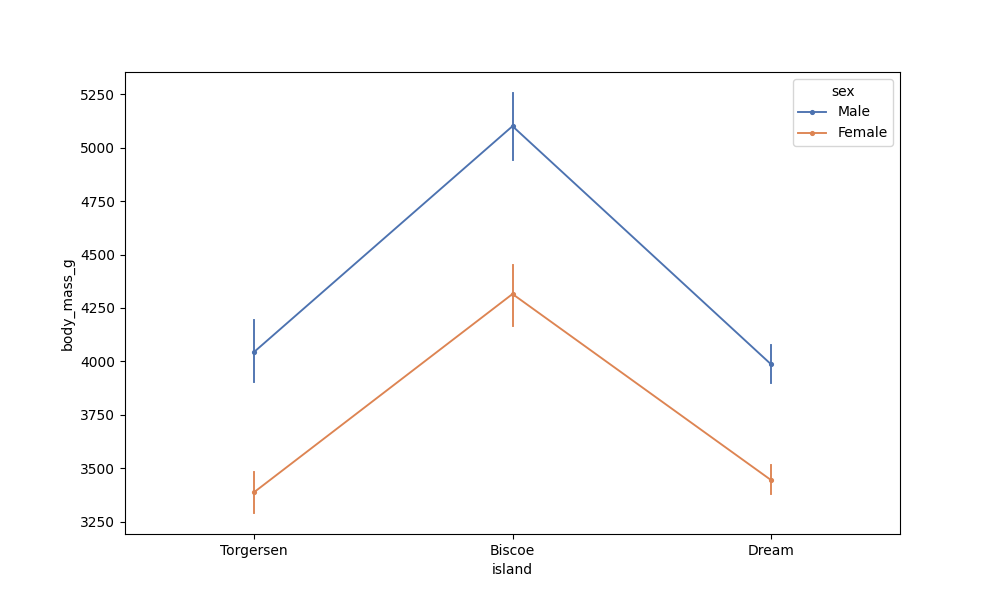
python, seaborn, pointplot, scale=0.5, join=True, hue='sex', palette='deep'